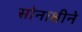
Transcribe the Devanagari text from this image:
सोनाक्षीने